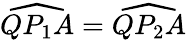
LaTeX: {\widehat{QP_{1}A}}={\widehat{QP_{2}A}}